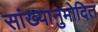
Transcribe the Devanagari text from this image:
सांख्यानुमोदित